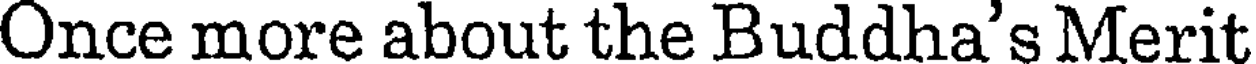
Once more about the Buddha's Merit